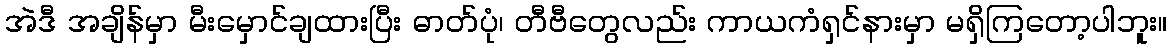
အဲဒီ အချိန်မှာ မီးမှောင်ချထားပြီး ဓာတ်ပုံ၊ တီဗီတွေလည်း ကာယကံရှင်နားမှာ မရှိကြတော့ပါဘူး။